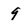
Character: 9